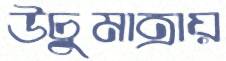
উচুমাত্রায়